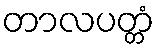
တာလပတ္တံ